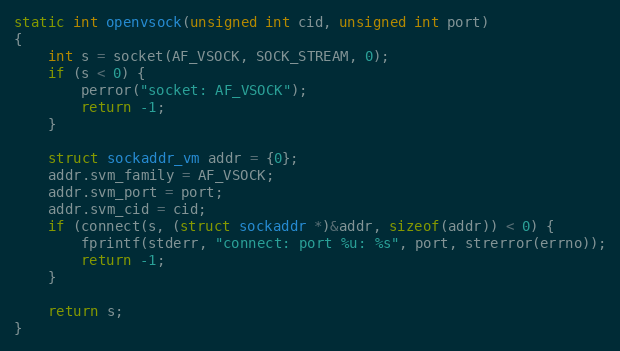
Language: C
static int openvsock(unsigned int cid, unsigned int port)
{
    int s = socket(AF_VSOCK, SOCK_STREAM, 0);
    if (s < 0) {
        perror("socket: AF_VSOCK");
        return -1;
    }

    struct sockaddr_vm addr = {0};
    addr.svm_family = AF_VSOCK;
    addr.svm_port = port;
    addr.svm_cid = cid;
    if (connect(s, (struct sockaddr *)&addr, sizeof(addr)) < 0) {
        fprintf(stderr, "connect: port %u: %s", port, strerror(errno));
        return -1;
    }

    return s;
}